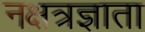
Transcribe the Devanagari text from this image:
नक्षत्रज्ञाता